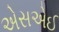
એસએઈ